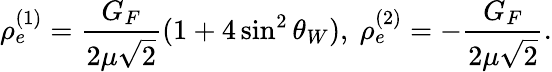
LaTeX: \rho_{e}^{(1)}={\frac{G_{F}}{2\mu\sqrt 2}}(1+4\sin^{2}\theta_{W}),\ \rho_{e}^{(2)}=-{\frac{G_{F}}{2\mu\sqrt 2}}.